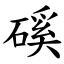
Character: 磎